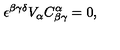
\epsilon ^ { \beta \gamma \delta } V _ { \alpha } C _ { \beta \gamma } ^ { \alpha } = 0 ,